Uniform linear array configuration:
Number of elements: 12
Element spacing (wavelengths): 0.75
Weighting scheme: blackman
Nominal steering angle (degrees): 60
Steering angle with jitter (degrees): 59.127
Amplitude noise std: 0.05
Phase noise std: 0.05

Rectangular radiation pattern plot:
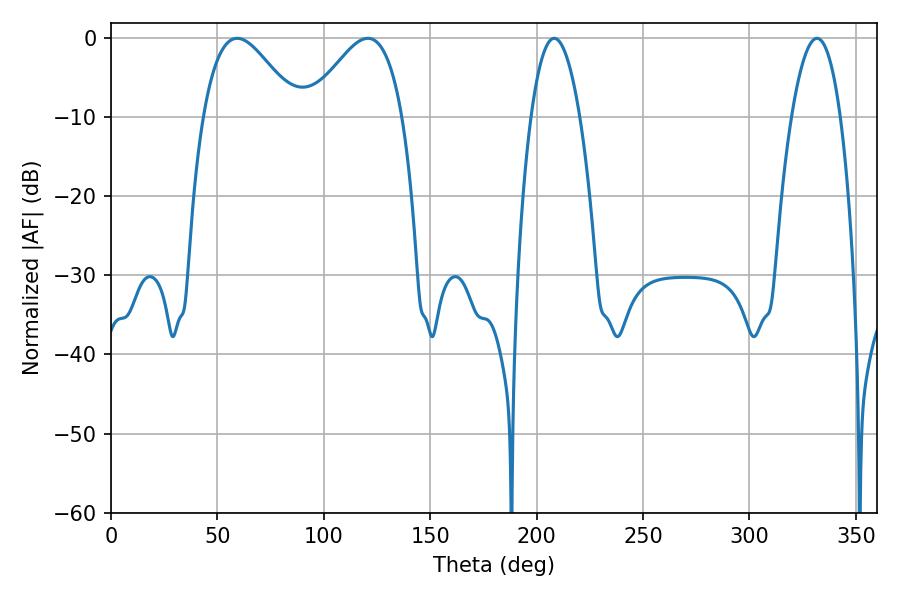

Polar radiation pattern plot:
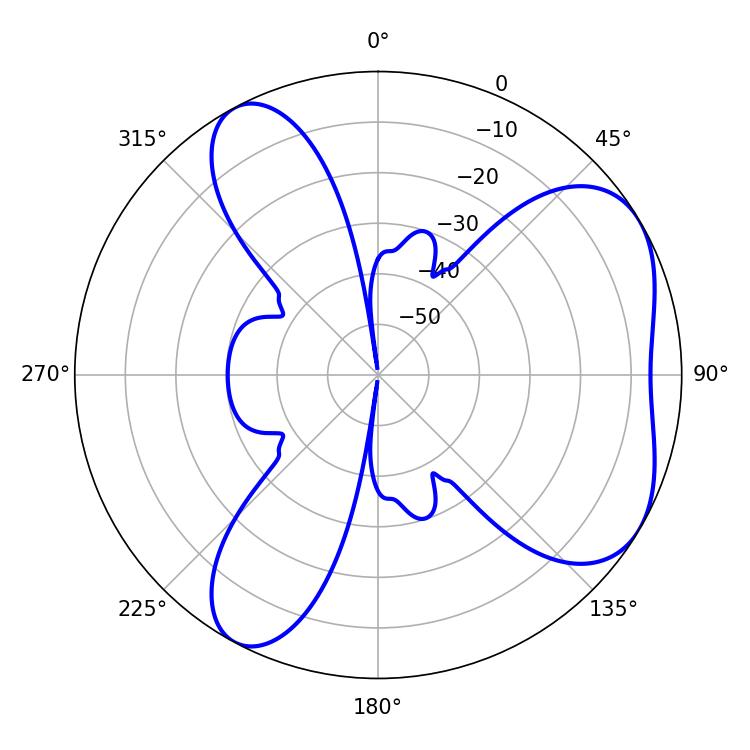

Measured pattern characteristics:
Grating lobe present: TRUE
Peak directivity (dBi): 5.333
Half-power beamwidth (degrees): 12.6
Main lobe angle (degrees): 208.26